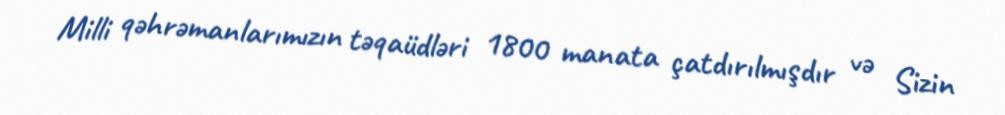
Milli qəhrəmanlarımızın təqaüdləri 1800 manata çatdırılmışdır və Sizin